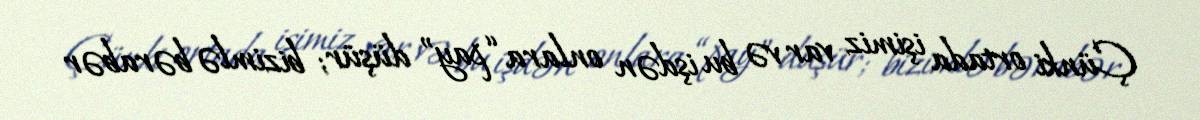
Çünki ortada işimiz var və bu işdən onlara “pay” düşür; bizimlə bərabər